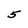
Character: 5